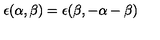
\epsilon ( \alpha , \beta ) = \epsilon ( \beta , - \alpha - \beta )